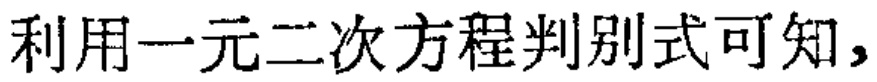
利用一元二次方程判别式可知，